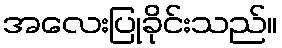
အလေးပြုခိုင်းသည်။